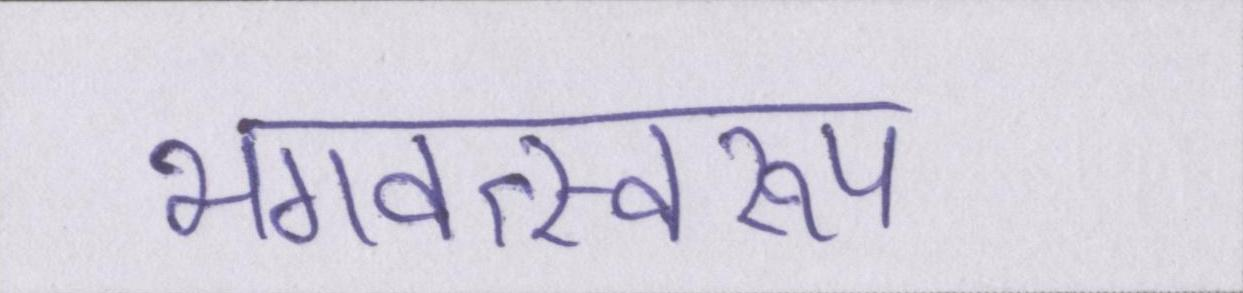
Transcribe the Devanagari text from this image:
भगवत्स्वरूप